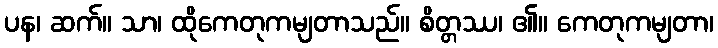
ပန၊ ဆက်။ သာ၊ ထိုကေတုကမျတာသည်။ စိတ္တဿ၊ ၏။ ကေတုကမျတာ၊